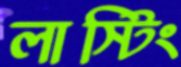
লাস্টিং